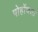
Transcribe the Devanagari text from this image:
पोहोंचला